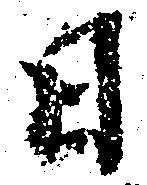
日